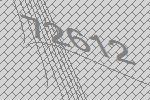
72612